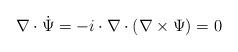
LaTeX: \begin{align*}\nabla \cdot \dot{\Psi} = -i \cdot \nabla \cdot (\nabla \times \Psi) = 0\end{align*}